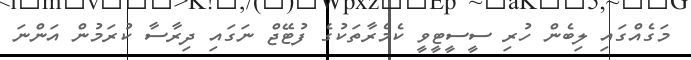
މަގެއްގައި ލިބެން ހުރި ސީސީޓީވީ ކެމެރާތަކުގެ ފުޓޭޖް ނަގައި ދިރާސާ ކުރަމުން އަންނަ